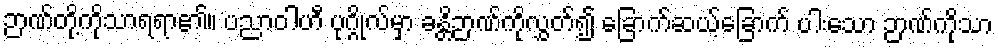
ဉာဏ်တို့ကိုသာရရာ၏။ ပညာဝါဟီ ပုဂ္ဂိုလ်မှာ ခန္တိဉာဏ်ကိုလွှတ်၍ ခြောက်ဆယ့်ခြောက် ပါးသော ဉာဏ်ကိုသာ